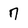
Character: 7